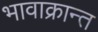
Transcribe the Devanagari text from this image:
भावाक्रान्त